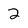
Character: 2